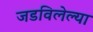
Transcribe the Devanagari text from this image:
जडविलेल्या